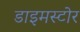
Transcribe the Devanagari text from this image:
डाइमस्टोर